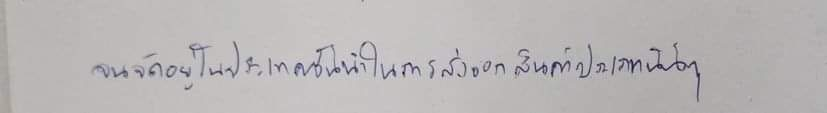
จนจัดอยู่ในประเทศชั้นนำในการส่งออกสินค้าประเภทนั้นๆ